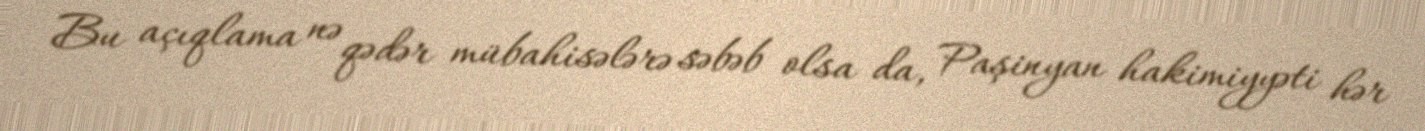
Bu açıqlama nə qədər mübahisələrə səbəb olsa da, Paşinyan hakimiyyəti hər